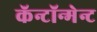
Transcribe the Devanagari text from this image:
कॅन्टॉन्मेन्ट